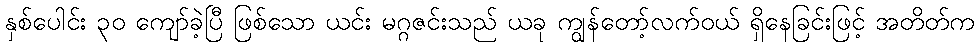
နှစ်ပေါင်း ၃၀ ကျော်ခဲ့ပြီ ဖြစ်သော ယင်း မဂ္ဂဇင်းသည် ယခု ကျွန်တော့်လက်ဝယ် ရှိနေခြင်းဖြင့် အတိတ်က